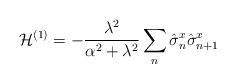
LaTeX: \begin{align*}\mathcal{H}^{(1)}=-\frac{\lambda^2}{\alpha^2+\lambda^2} \sum_n \hat{\sigma}^x_n \hat{\sigma}^x_{n+1}\end{align*}